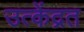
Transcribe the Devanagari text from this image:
उत्केंद्रत